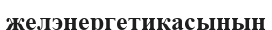
желэнергетикасының